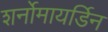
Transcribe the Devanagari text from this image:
शर्नोमायर्डिन